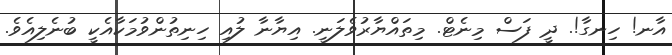
އާނ! ހިނގާ!. ދީ ފަސް މިނެޓް. މިތައްޔާރުވެލަނީ. އިޔާނާ ލުއި ހިނިތުންވުމަކާއެކީ ބުނެލިއެވެ.